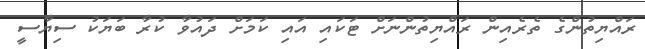
ރައްޔިތުންގެ ތެރެއިން ރައްޔިތުންނަށް ޓަކައި އައި ކަމަށް ދައުވާ ކުރާ ބަޔަކު ސިޔާސީ